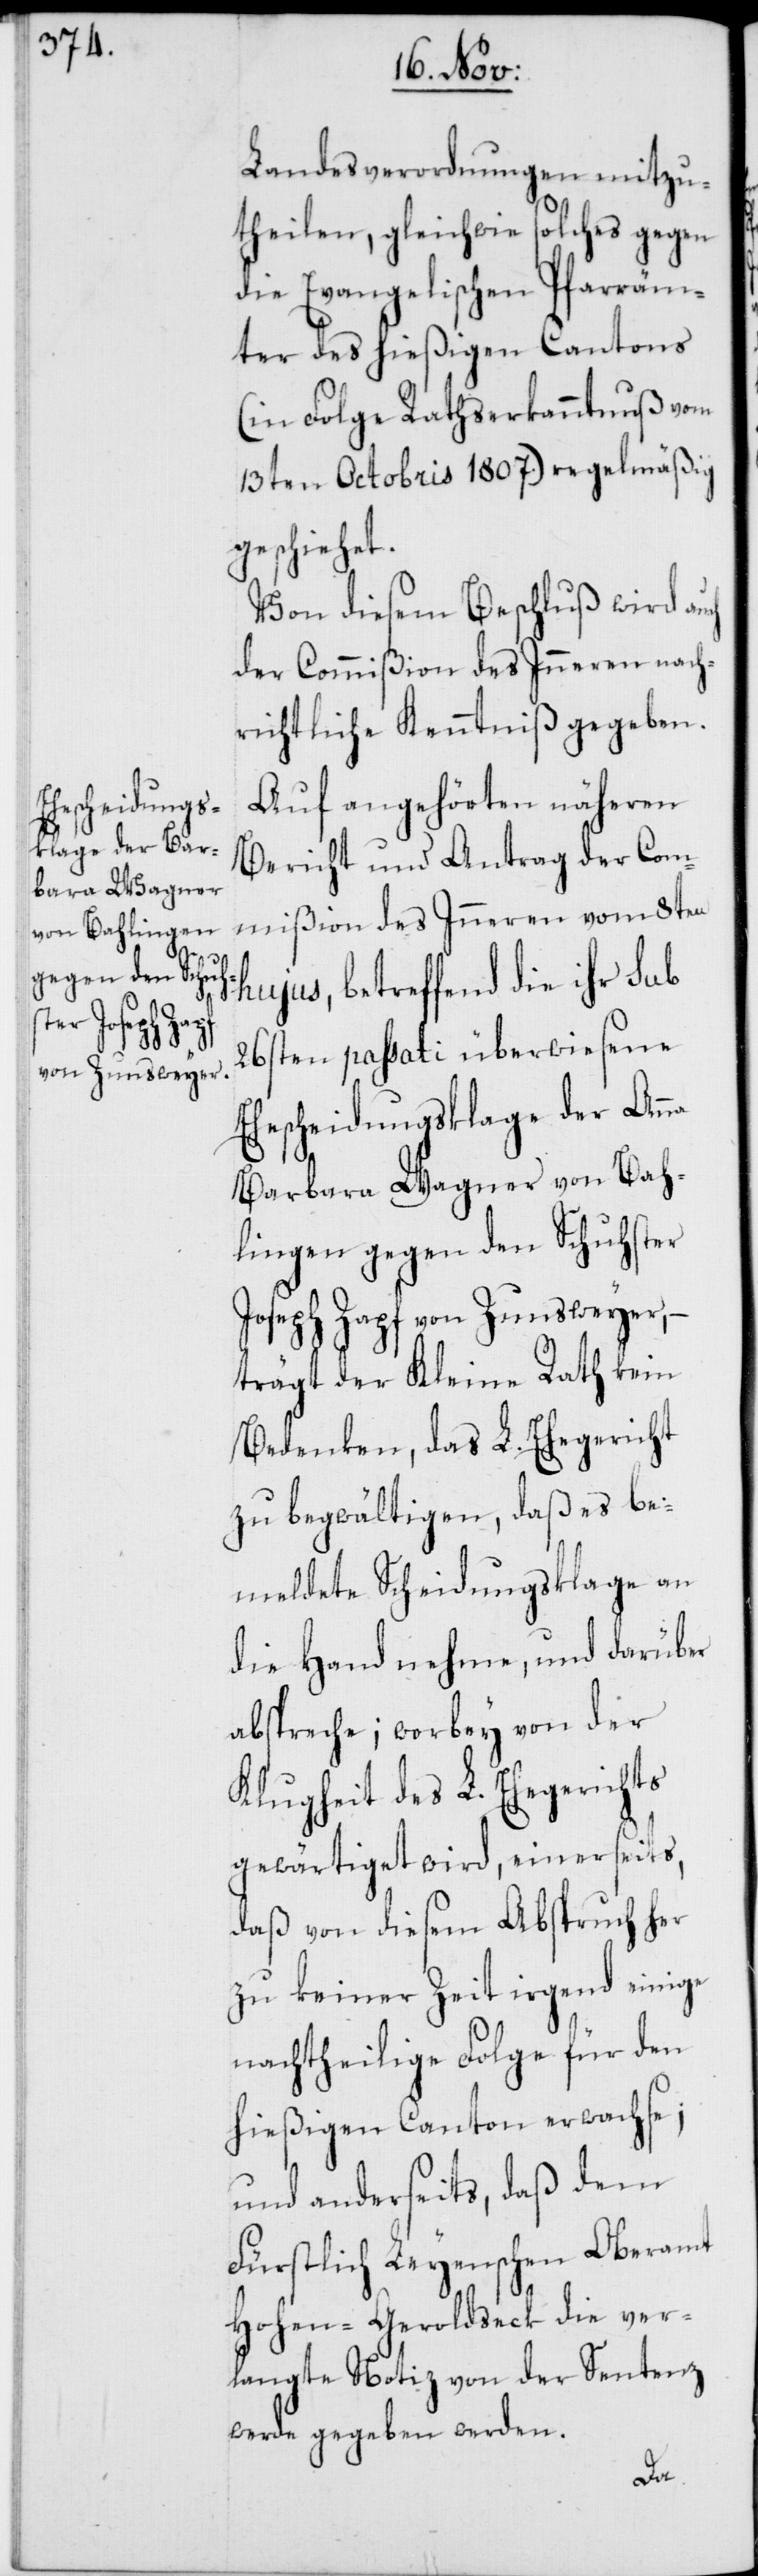
Landesverordnungen mitzu¬
theilen, gleichwie solches gegen
die Evangelischen Pfarräm¬
ter des hießigen Cantons
(in Folge Rathserkanntnuß vom
13ten Octobris 1807) regelmäßig
geschiehet.
Von diesem Beschluß wird auch
der Commißion des Inneren nach¬
richtliche Kenntniß gegeben.
Auf angehörten näheren
Bericht und Antrag der Com¬
mißion des Inneren vom 8ten
hujus, betreffend die ihr sub
26sten passati überwiesene
Ehescheidungsklage der Anna
Barbara Wagner von Bah¬
lingen gegen den Schuster
Joseph Zapf von Zunsweyer, –
trägt der Kleine Rath kein
Bedenken, das L. Ehegericht
zu begwältigen, daß es be¬
meldete Scheidungsklage an
die Hand nehme, und darüber
abspreche; worbey von der
Klugheit des L. Ehegerichts
gewärtiget wird, einerseits,
daß von diesem Abspruch her
zu keiner Zeit irgend einige
nachtheilige Folge für den
hießigen Canton erwachse;
und anderseits, daß dem
Fürstlich-Leyenschen Oberamt
Hohen-Geroldseck die ver¬
langte Notiz von der Sentenz
werde gegeben werden.